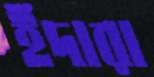
ইঁদারা